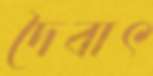
দৈবাৎ